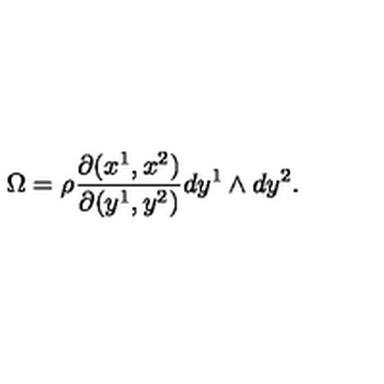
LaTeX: \Omega = \rho \frac { \partial ( x ^ { 1 } , x ^ { 2 } ) } { \partial ( y ^ { 1 } , y ^ { 2 } ) } d y ^ { 1 } \land d y ^ { 2 } .